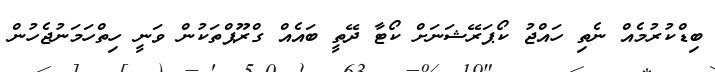
ބިޑްކުރުމެއް ނެތި ހައްޖު ކޯޕަރޭޝަނަށް ކޯޓާ ދޭތީ ބައެއް ގްރޫޕްތަކުން ވަނީ ހިތްހަމަނުޖެހުން